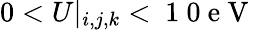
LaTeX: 0<U|_{i,j,k}<\mathrm{~1~0~e~V~}